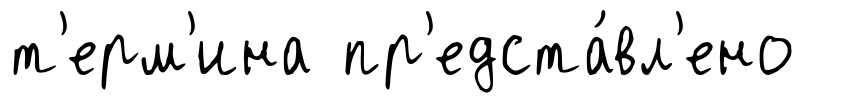
т'ерм'ина пр'едста́вл'ено